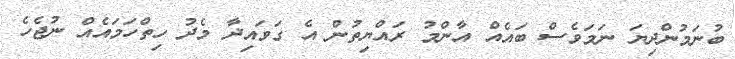
ބުނަމުންދިޔަ ނަމަވެސް ބައެއް އާންމު ރައްޔިތުން އެ ގަވައިދާ މެދު ހިތްހަމައެއް ނުޖެހެ